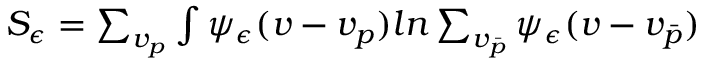
\begin{array} { r } { S _ { \epsilon } = \sum _ { v _ { p } } \int \psi _ { \epsilon } ( v - v _ { p } ) l n \sum _ { v _ { \bar { p } } } \psi _ { \epsilon } ( v - v _ { \bar { p } } ) } \end{array}